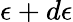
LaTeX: \epsilon+d\epsilon